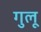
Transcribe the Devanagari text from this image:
गुलू